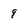
Character: 9